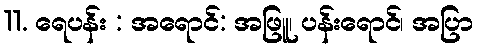
11. ရေပန်း : အရောင်: အဖြူ၊ ပန်းရောင်၊ အပြာ